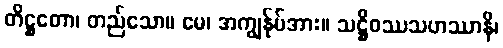
တိဋ္ဌတော၊ တည်သော။ မေ၊ အကျွန်ုပ်အား။ သဋ္ဌိဝဿသဟဿာနိ၊